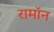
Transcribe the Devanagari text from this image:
रामॉन